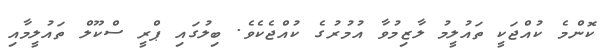
ކޮންމެ ކުއްޖަކީ ތައުލީމު ލާޒިމުވާ އުމުރުގެ ކުއްޖެކެވެ. ބިލުގައި ޕްރީ ސްކޫލް ތައުލީމާއި